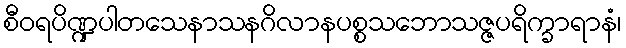
စီဝရပိဏ္ဍပါတသေနာသနဂိလာနပစ္စသဘောသဇ္ဇပရိက္ခာရာနံ၊